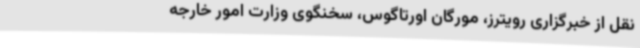
نقل از خبرگزاری رویترز، مورگان اورتاگوس، سخنگوی وزارت امور خارجه